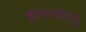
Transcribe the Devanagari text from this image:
बृहस्पतेस्तु